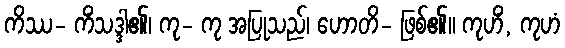
ကိဿ- ကိံသဒ္ဒါ၏၊ ကု- ကု အပြုသည်၊ ဟောတိ- ဖြစ်၏။ ကုဟိံ, ကုဟံ